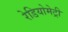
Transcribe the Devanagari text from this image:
रेडियोमेट्री